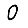
Digit: 0